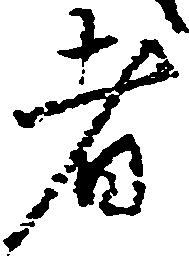
者